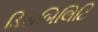
ડિસબિલિટિ